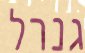
גנרל